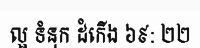
ល្អ ទំនុក ដំកើង ៦៩: ២២